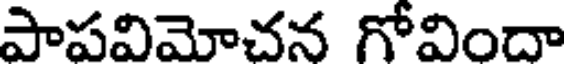
పాపవిమోచన గోవిందా